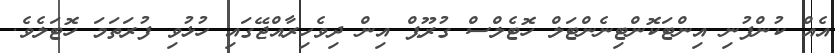
އެއް ކުންފުނި އިންޓަކޮންޓިނެންޓަލް ހޮޓެލްސް ގުރޫޕް އިން ދިވެހިރާއްޖޭގައި ހުޅުވި ފުރަތަމަ ހޮޓަލެވެ.